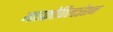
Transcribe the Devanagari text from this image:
माइक्रोफिल्टरेशन